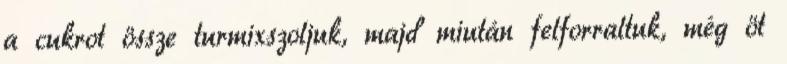
a cukrot össze turmixszoljuk, majd miután felforraltuk, még öt